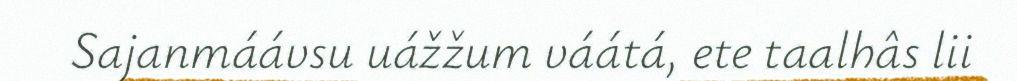
Sajanmáávsu uážžum váátá, ete taalhâs lii